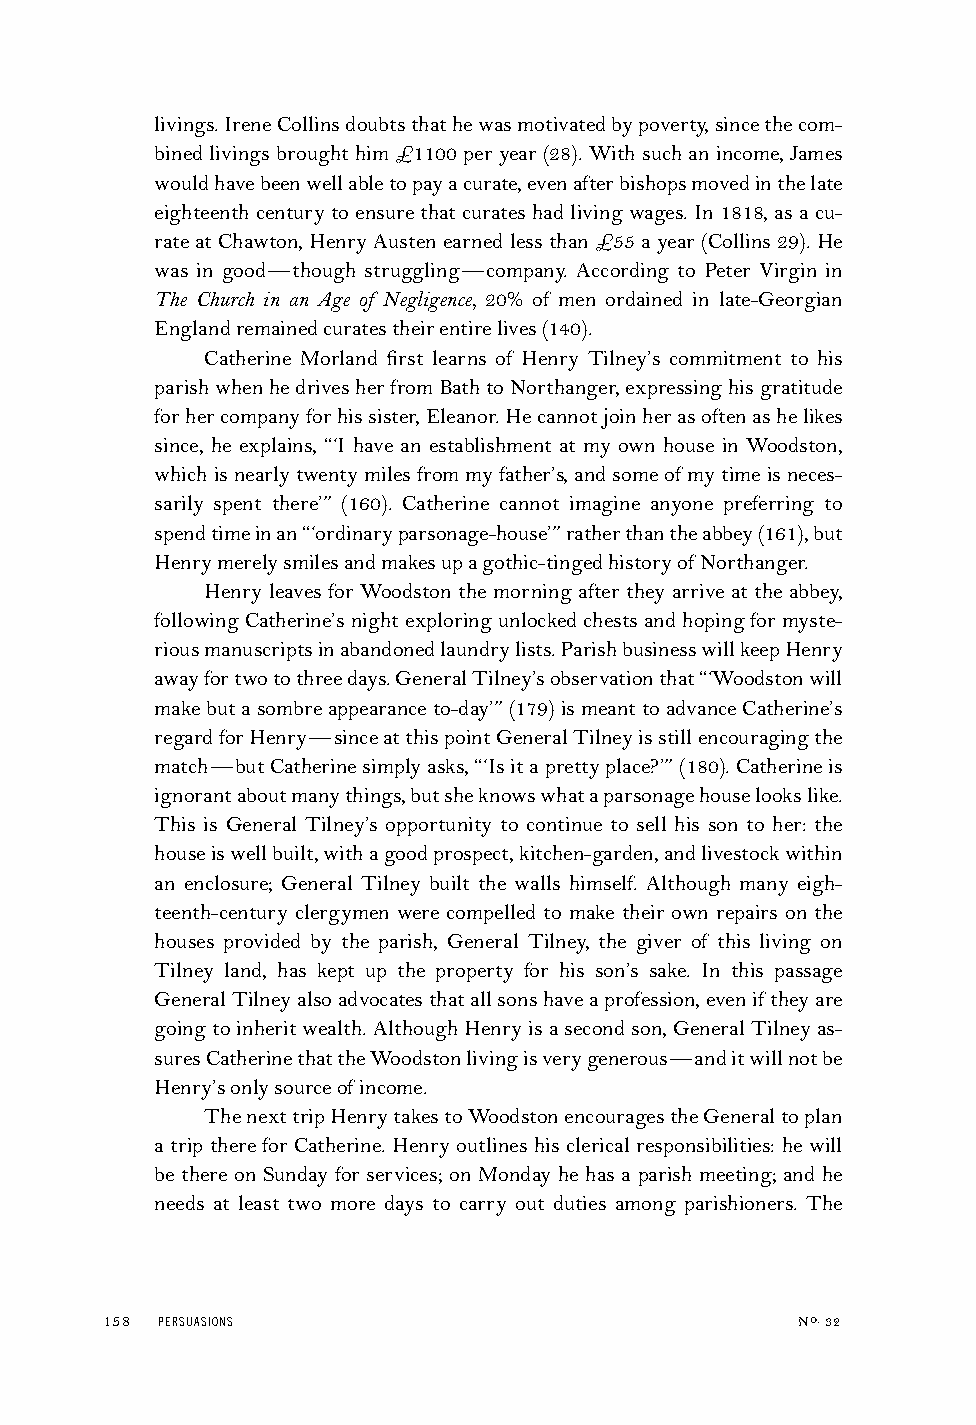
livings.IreneCollinsdoubtsthathewasmotivatedbypoverty,sincethecom-
 binedlivingsbroughthim£1100peryear(28).Withsuchanincome,James
 wouldhavebeenwellabletopayacurate,evenafterbishopsmovedinthelate
 eighteenthcenturytoensurethatcurateshadlivingwages.In1818,asacu-
 rateatChawton,HenryAustenearnedlessthan£55ayear(Collins29).He
 was in good—though struggling—company. According to Peter Virgin in
 The Church in an Age of Negligence, 20% of men ordained in late-Georgian
 Englandremainedcuratestheirentirelives(140).
 Catherine Morland first learns of Henry Tilney’s commitment to his
 parishwhenhedrivesherfromBathtoNorthanger,expressinghisgratitude
 forhercompanyforhissister,Eleanor.Hecannotjoinherasoftenashelikes
 since, he explains, “‘I have an establishment at my own house in Woodston,
 whichisnearlytwentymilesfrommyfather’s,andsomeof mytimeisneces-
 sarily spent there’” (160). Catherine cannot imagine anyone preferring to
 spendtimeinan“‘ordinaryparsonage-house’”ratherthantheabbey(161),but
 Henrymerelysmilesandmakesupagothic-tingedhistoryofNorthanger.
 Henry leaves for Woodston the morning after they arrive at the abbey,
 followingCatherine’snightexploringunlockedchestsandhopingformyste-
 riousmanuscriptsinabandonedlaundrylists.ParishbusinesswillkeepHenry
 awayfortwotothreedays.GeneralTilney’sobservationthat“‘Woodstonwill
 makebutasombreappearanceto-day’”(179)ismeanttoadvanceCatherine’s
 regardforHenry—sinceatthispointGeneralTilneyisstillencouragingthe
 match—butCatherinesimplyasks,“‘Isitaprettyplace?’”(180).Catherineis
 ignorantaboutmanythings,butsheknowswhataparsonagehouselookslike.
 This is General Tilney’s opportunity to continue to sell his son to her: the
 houseiswellbuilt,withagoodprospect,kitchen-garden,andlivestockwithin
 an enclosure; General Tilney built the walls himself. Although many eigh-
 teenth-century clergymen were compelled to make their own repairs on the
 houses provided by the parish, General Tilney, the giver of this living on
 Tilney land, has kept up the property for his son’s sake. In this passage
 GeneralTilneyalsoadvocatesthatallsonshaveaprofession,eveniftheyare
 goingtoinheritwealth.AlthoughHenryisasecondson,GeneralTilneyas-
 suresCatherinethattheWoodstonlivingisverygenerous—anditwillnotbe
 Henry’sonlysourceofincome.
 ThenexttripHenrytakestoWoodstonencouragestheGeneraltoplan
 a trip there for Catherine. Henry outlines his clerical responsibilities: he will
 be there on Sunday for services; on Monday he has a parish meeting; and he
 needs at least two more days to carry out duties among parishioners. The
 158 PERSUASIONS                               No.32